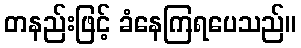
တနည်းဖြင့် ခံနေကြရပေသည်။